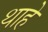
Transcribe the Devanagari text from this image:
थाहे